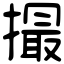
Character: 撮